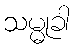
သမ္မုခါ